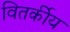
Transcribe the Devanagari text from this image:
वितर्कीय